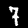
Label: 7